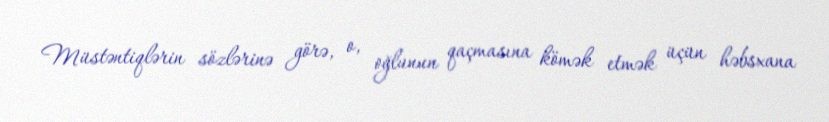
Müstəntiqlərin sözlərinə görə, o, oğlunun qaçmasına kömək etmək üçün həbsxana